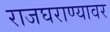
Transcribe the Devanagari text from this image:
राजघराण्यावर